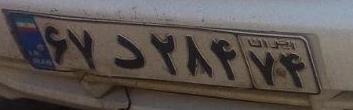
۶۷د۲۸۴۷۴